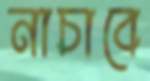
নাচাবে